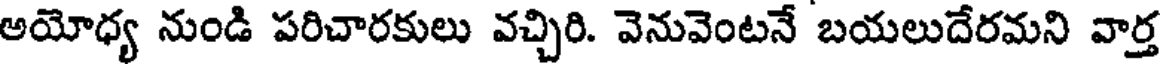
అయోధ్య నుండి పరిచారకులు వచ్చిరి. వెనువెంటనే బయలుదేరమని వార్త